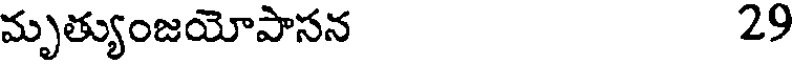
మృత్యుంజయోపాసన 29